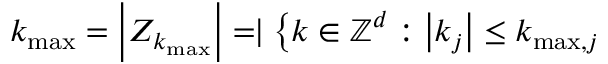
k _ { \operatorname* { m a x } } = \left| Z _ { k _ { \operatorname* { m a x } } } \right| = \mid \left\{ k \in \mathbb { Z } ^ { d } : \left| k _ { j } \right| \leq k _ { \operatorname* { m a x } , j } \right.